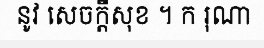
នូវ សេចក្តីសុខ ។ ក រុណា